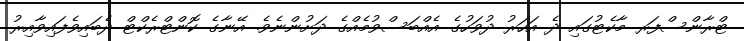
ޓްރާންސްފަރ މާކެޓުގައި ދެ އަހަރު ދުވަހުގެ އެއްބަސްވުމެއްގެ ދަށުންނެވެ. އޭނާގެ ކޮންޓްރެކްޓް ދެބައިވެފައިވާއިރު